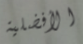
الأفضلية